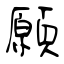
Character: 願